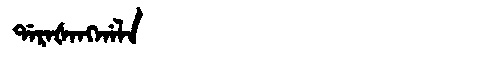
Manchu: ᡩᠠᡵᠠᡧᠠᠩᡤᠠᠯᠠ
Romanization: DARAŠANGGALA